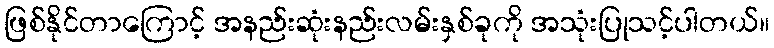
ဖြစ်နိုင်တာကြောင့် အနည်းဆုံးနည်းလမ်းနှစ်ခုကို အသုံးပြုသင့်ပါတယ်။